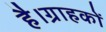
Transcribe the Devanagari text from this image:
है।ग्राहकों